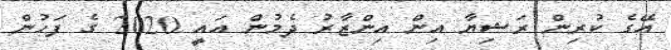
އޭގެ ކުރިން ރަޝިޔާ އިން އިންޒާރު ދެމުން އައީ 2020 ގެ ފަހުން